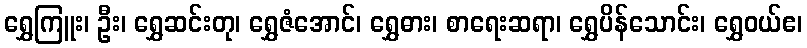
ရွှေကြူး၊ ဦး၊ ရွှေဆင်းတု၊ ရွှေဇံအောင်၊ ရွှေဓား၊ စာရေးဆရာ၊ ရွှေပိန်သောင်း၊ ရွှေဝယ်ဧ၊